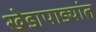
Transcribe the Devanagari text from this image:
खेडापाड्यांत